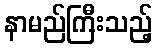
နာမည်ကြီးသည့်